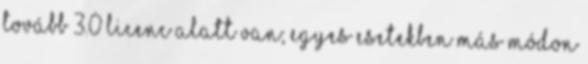
tovább 3.0 licenc alatt van; egyes esetekben más módon